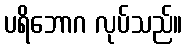
ပရိဘောဂ လုပ်သည်။